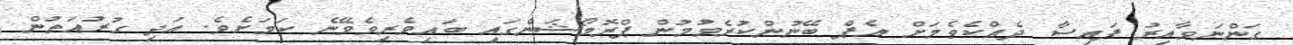
ގަންނަވާއިރު ފައިސާ ދެއްކެވެމަށް އެޕް ބޭނުންކުރެވުމުން ޕްރޮމޯޝަންގައި ބައިވެރިވެވޭނެ ކަމަށެވެ. އަދި ގުރުއަތުން